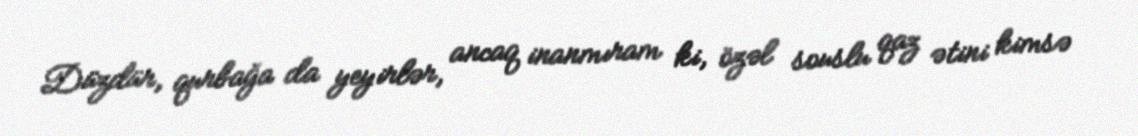
Düzdür, qurbağa da yeyirlər, ancaq inanmıram ki, özəl souslu qaz ətini kimsə